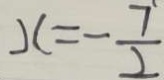
x = - \frac { 7 } { 2 }